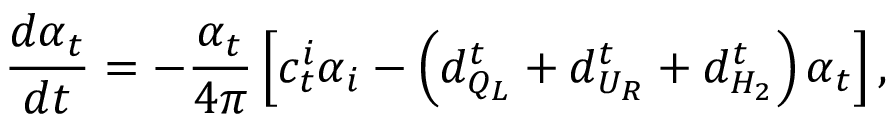
\frac { d \alpha _ { t } } { d t } = - \frac { \alpha _ { t } } { 4 \pi } \left[ c _ { t } ^ { i } \alpha _ { i } - \left( d _ { Q _ { L } } ^ { t } + d _ { U _ { R } } ^ { t } + d _ { H _ { 2 } } ^ { t } \right) \alpha _ { t } \right] ,